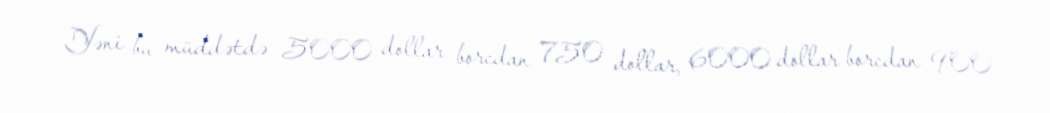
Yəni bu müddətdə 5000 dollar borcdan 750 dollar, 6000 dollar borcdan 900